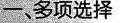
一,多项选择